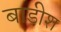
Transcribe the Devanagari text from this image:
बाडीश